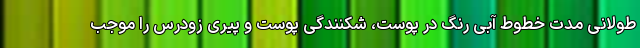
طولانی مدت خطوط آبی رنگ در پوست، شکنندگی پوست و پیری زودرس را موجب